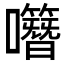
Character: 𡅎